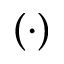
( \cdot )